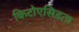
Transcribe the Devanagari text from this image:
किटोएसिडता